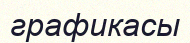
графикасы